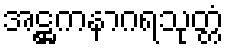
အဋ္ဌကနာဂရသုတ္တံ